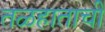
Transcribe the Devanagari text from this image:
तळहाताची